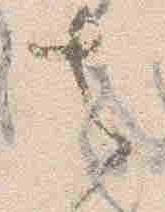
去